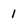
Character: 1